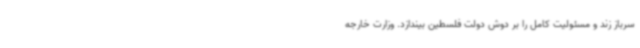
سرباز زند و مسئولیت کامل را بر دوش دولت فلسطین بیندازد. وزارت خارجه